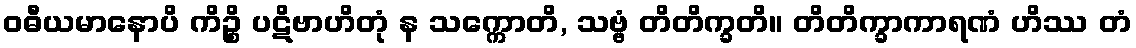
ဝဓီယမာနောပိ ကိဉ္စိ ပဋိဗာဟိတုံ န သက္ကောတိ, သဗ္ဗံ တိတိက္ခတိ။ တိတိက္ခာကာရဏံ ဟိဿ တံ